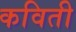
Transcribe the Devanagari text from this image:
कविती